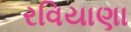
રવિયાણા